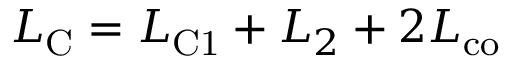
L _ { \mathrm { C } } = L _ { \mathrm { C 1 } } + L _ { 2 } + 2 L _ { \mathrm { c o } }